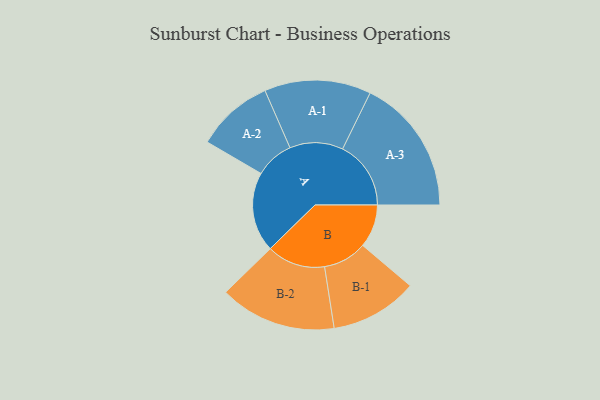
{"axis": {"x": "Segment", "y": "Value"}, "legend": ["", "A", "B"], "data": [{"x": "A", "y": 250, "type": ""}, {"x": "B", "y": 135, "type": ""}, {"x": "A-1", "y": 167, "type": "A"}, {"x": "A-2", "y": 121, "type": "A"}, {"x": "A-3", "y": 214, "type": "A"}, {"x": "B-1", "y": 137, "type": "B"}, {"x": "B-2", "y": 183, "type": "B"}]}